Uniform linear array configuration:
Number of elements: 16
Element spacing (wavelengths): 1
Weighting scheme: hann
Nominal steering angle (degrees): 60
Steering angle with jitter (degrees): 59.584
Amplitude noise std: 0.05
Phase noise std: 0.05

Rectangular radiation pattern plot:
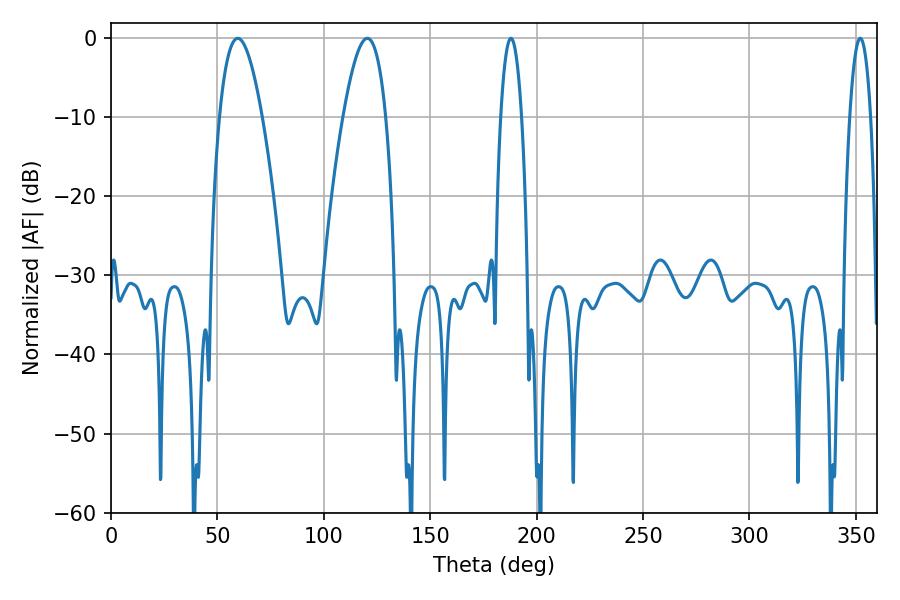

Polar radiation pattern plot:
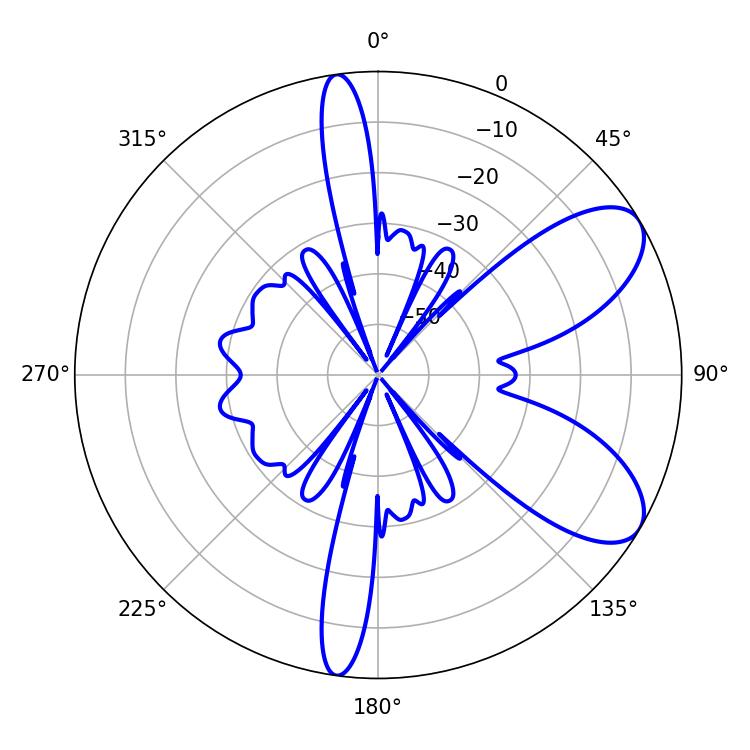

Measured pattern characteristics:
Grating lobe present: TRUE
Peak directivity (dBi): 7.849
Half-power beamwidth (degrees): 5.4
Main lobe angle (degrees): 187.92